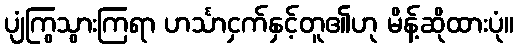
ပျံကြွသွားကြရာ ဟင်္သာငှက်နှင့်တူ၏ဟု မိန့်ဆိုထားပုံ။